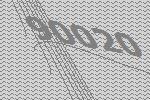
90020